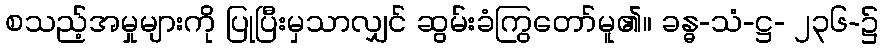
စသည့်အမှုများကို ပြုပြီးမှသာလျှင် ဆွမ်းခံကြွတော်မူ၏။ ခန္ဓ-သံ-ဋ္ဌ- ၂၃၆-၌